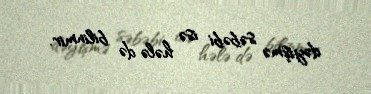
dəyişmə səbəbi isə hələ də bilinmir.